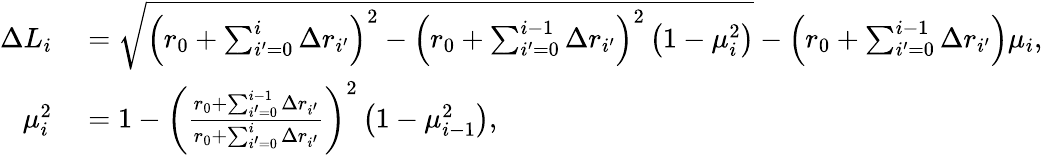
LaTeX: \begin{array}{rl}{\Delta L_{i}}&{{}=\sqrt{\left(r_{0}+\sum_{i^{\prime}=0}^{i}\Delta r_{i^{\prime}}\right)^{2}-\left(r_{0}+\sum_{i^{\prime}=0}^{i-1}\Delta r_{i^{\prime}}\right)^{2}\left(1-\mu_{i}^{2}\right)}-\left(r_{0}+\sum_{i^{\prime}=0}^{i-1}\Delta r_{i^{\prime}}\right)\mu_{i},}\\ {\mu_{i}^{2}}&{{}=1-\left(\frac{r_{0}+\sum_{i^{\prime}=0}^{i-1}\Delta r_{i^{\prime}}}{r_{0}+\sum_{i^{\prime}=0}^{i}\Delta r_{i^{\prime}}}\right)^{2}\left(1-\mu_{i-1}^{2}\right),}\end{array}